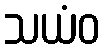
သယံဝ